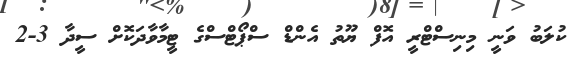
ކުލަބު ވަނީ މިނިސްޓްރީ އޮފް ޔޫތު އެންޑް ސްޕޯޓްސްގެ ޓީމާވާދަކޮށް ސީދާ 3-2